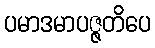
ပမာဒမာပဇ္ဇတိပေ